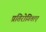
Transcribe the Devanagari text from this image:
प्रतिरोगिताएं